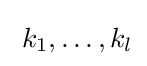
\;k_{1},\ldots ,k_{l}